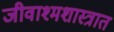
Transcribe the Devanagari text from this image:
जीवाश्मशास्त्रात